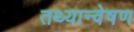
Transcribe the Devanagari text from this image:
तथ्यान्वेषण